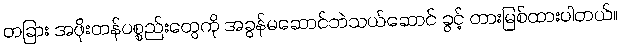
တခြား အဖိုးတန်ပစ္စည်းတွေကို အခွန်မဆောင်ဘဲသယ်ဆောင် ခွင့် တားမြစ်ထားပါတယ်။